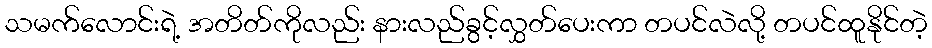
သမက်လောင်းရဲ့ အတိတ်ကိုလည်း နားလည်ခွင့်လွှတ်ပေးကာ တပင်လဲလို့ တပင်ထူနိုင်တဲ့